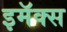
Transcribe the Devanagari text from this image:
इमॅक्स